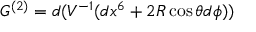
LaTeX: G ^ { ( 2 ) } = d ( V ^ { - 1 } ( d x ^ { 6 } + 2 R \cos \theta d \phi ) )